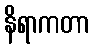
နိရာကတာ